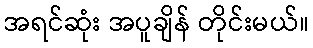
အရင်ဆုံး အပူချိန် တိုင်းမယ်။